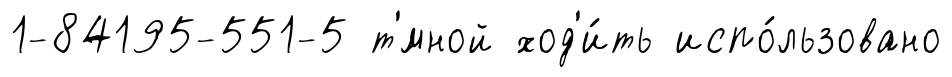
1-84195-551-5 т'́мной ход'и́ть испо́льзовано